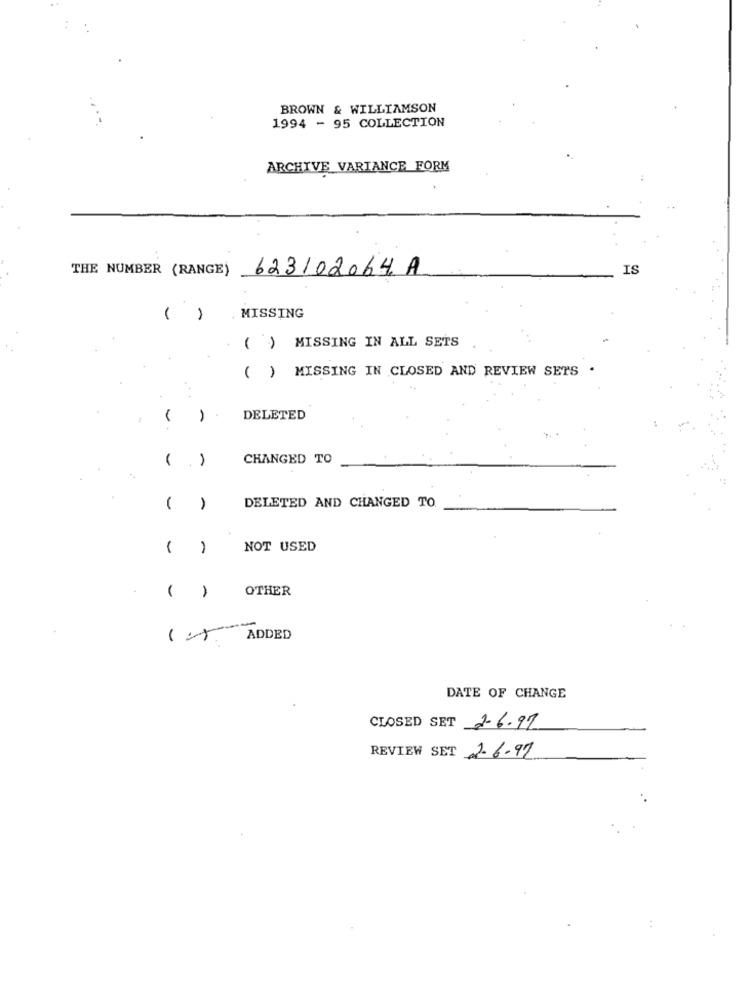
BROWN & WILLIAMSON
1994 - 95 COLLECTION
ARCHIVE VARIANCE FORM
THE NUMBER (RANGE) 623102064 A
IS
( )
. MISSING
( ) MISSING IN ALL SETS
( ) MISSING IN CLOSED AND REVIEW SETS
...
1
DELETED
,
CHANGED TO
1
DELETED AND CHANGED TO
NOT USED
OTHER
( )
ADDED
DATE OF CHANGE
CLOSED SET 26.97
REVIEW SET 26.97